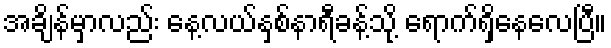
အချိန်မှာလည်း နေ့လယ်နှစ်နာရီခန့်သို့ ရောက်ရှိနေလေပြီ။